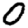
Digit: 0